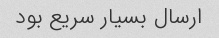
ارسال بسیار سریع بود